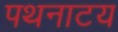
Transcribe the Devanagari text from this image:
पथनाटय